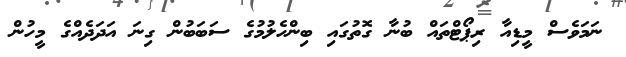
ނަމަވެސް މީޑިއާ ރިޕޯޓްތައް ބުނާ ގޮތުގައި ބިންހެލުމުގެ ސަބަބުން ގިނަ އަދަދެއްގެ މީހުން